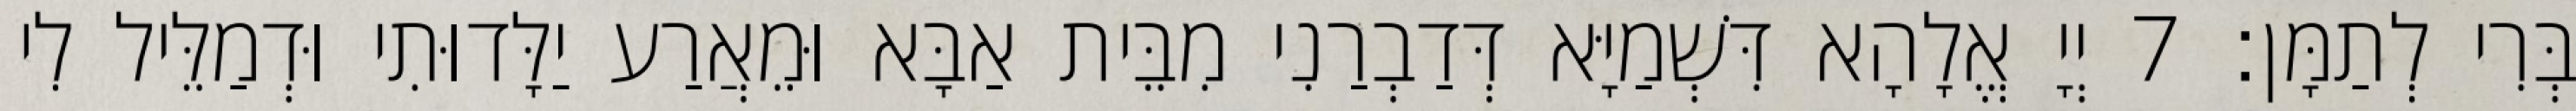
בְּרִי לְתַמָּן׃ 7 יְיָ אֱלָהָא דִּשְׁמַיָּא דְּדַבְרַנִי מִבֵּית אַבָּא וּמֵאֲרַע יַלָּדוּתִי וּדְמַלֵּיל לִי